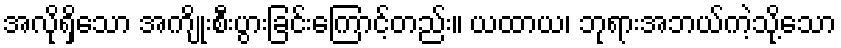
အလိုရှိသော အကျိုးစီးပွားခြင်းကြောင့်တည်း။ ယထာယ၊ ဘုရားအဘယ်ကဲ့သို့သော